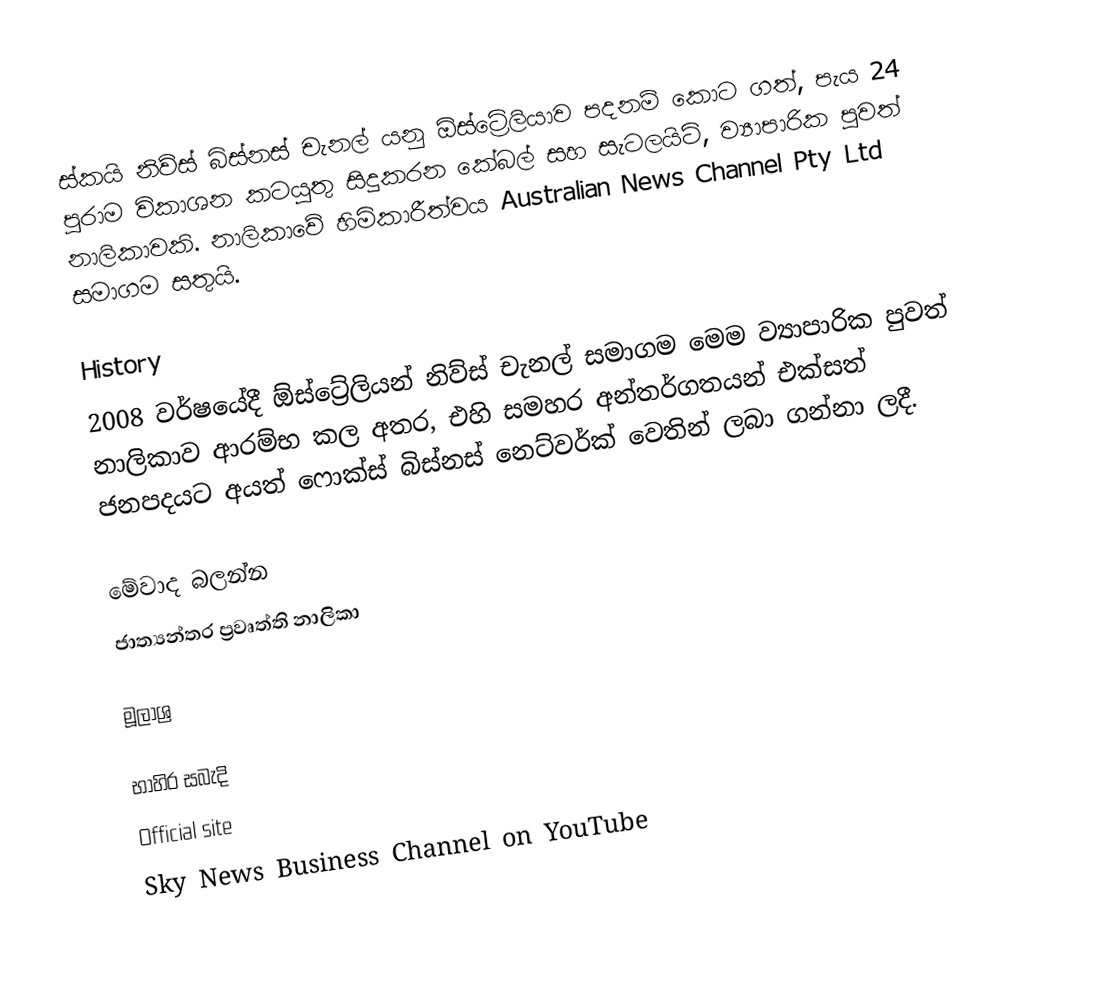
ස්කයි නිව්ස් බිස්නස් චැනල් යනු ඕස්ට්‍රේලියාව පදනම් කොට ගත්, පැය 24 පුරාම විකාශන කටයුතු සිදුකරන කේබල් සහ සැටලයිට්, ව්‍යාපාරික පුවත් නාලිකාවකි. නාලිකාවේ හිමිකාරීත්වය Australian News Channel Pty Ltd සමාගම සතුයි.

History
2008 වර්ෂයේදී ඕස්ට්‍රේලියන් නිව්ස් චැනල් සමාගම මෙම ව්‍යාපාරික පුවත් නාලිකාව ආරම්භ කල අතර, එහි සමහර අන්තර්ගතයන්  එක්සත් ජනපදයට අයත් ෆොක්ස් බිස්නස් නෙට්වර්ක් වෙතින් ලබා ගන්නා ලදී.

මේවාද බලන්න
 ජාත්‍යන්තර ප්‍රවෘත්ති නාලිකා

මූලාශ්‍ර

භාහිර සබැදි
Official site
Sky News Business Channel on YouTube